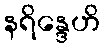
နရိန္ဒေဟိ